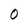
Character: O